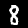
Digit: 8